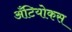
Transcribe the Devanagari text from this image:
अँटियोकस